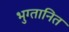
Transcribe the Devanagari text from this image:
भुग्तानित